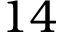
1 4